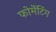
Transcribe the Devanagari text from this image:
फोर्मेटिंग